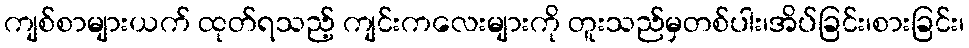
ကျစ်စာများယက် ထုတ်ရသည့် ကျင်းကလေးများကို တူးသည်မှတစ်ပါး၊အိပ်ခြင်း၊စားခြင်း၊